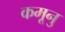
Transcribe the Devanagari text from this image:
कमूनु